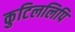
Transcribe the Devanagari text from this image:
कुटिललिपि